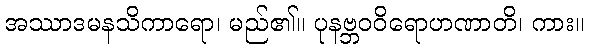
အဿာဒမနသိကာရော၊ မည်၏။ ပုနဗ္ဘဝဝိရောဟဏာတိ၊ ကား။